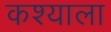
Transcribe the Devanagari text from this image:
कश्याला